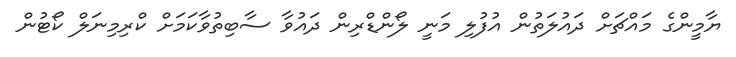
ޔާމީންގެ މައްޗަށް ދައުލަތުން އުފުލި މަނީ ލޯންޑްރިން ދައުވާ ސާބިތުވާކަމަށް ކްރިމިނަލް ކޯޓުން